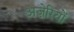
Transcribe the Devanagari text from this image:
अज़ेरियों